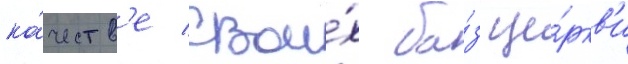
ка́честв'е свои́х ба́з це́ркв'и